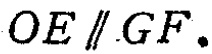
$OE\parallel GF.$